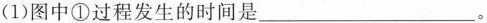
(1)图中①过程发生的时间是___。